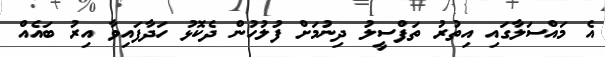
އެ މައްސަލާގައި އިތުރު ތަފްސީލު ދިނުމަށް ފުލުހުން ދެކޮޅު ހަދާފައިވާ އިރު ބައެއް